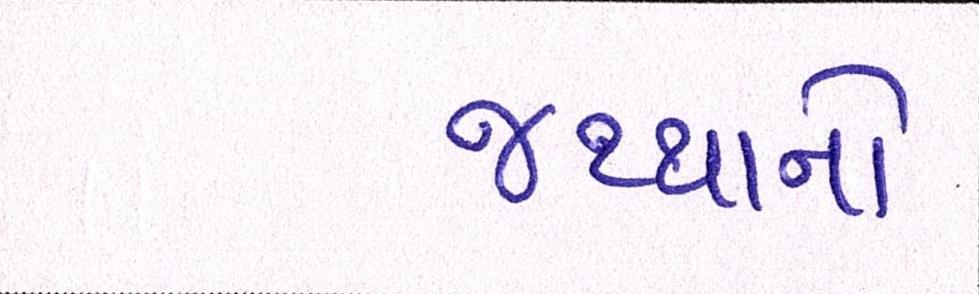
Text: જથ્થાનો